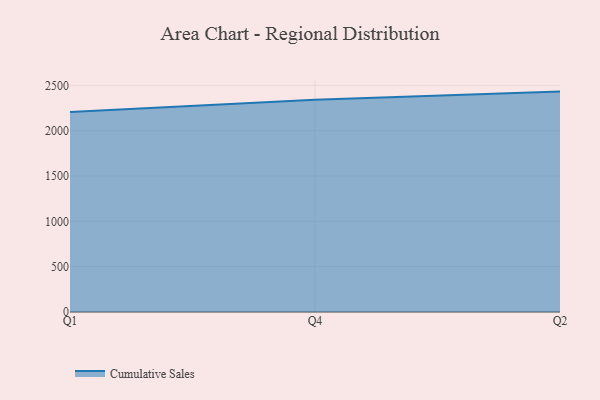
{"axis": {"x": "Quarter", "y": "Inventory Turnover"}, "legend": ["Cumulative Sales"], "data": [{"x": "Q1", "y": 2204.9, "type": "Cumulative Sales"}, {"x": "Q4", "y": 2341.9, "type": "Cumulative Sales"}, {"x": "Q2", "y": 2431.2, "type": "Cumulative Sales"}]}